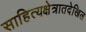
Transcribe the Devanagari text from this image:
साहित्यक्षेत्रातदेखिल